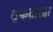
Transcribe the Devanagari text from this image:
वृफतज्ञता